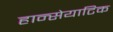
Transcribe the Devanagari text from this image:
हान्सेयाटिक